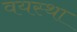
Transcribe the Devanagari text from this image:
वयस्था